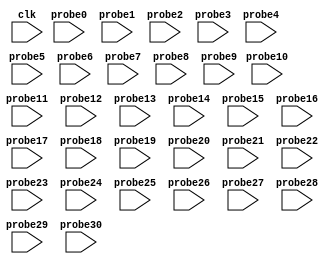
// (c) Copyright 1995-2012 Xilinx, Inc. All rights reserved.
//
// This file contains confidential and proprietary information
// of Xilinx, Inc. and is protected under U.S. and
// international copyright and other intellectual property
// laws.
//
// DISCLAIMER
// This disclaimer is not a license and does not grant any
// rights to the materials distributed herewith. Except as
// otherwise provided in a valid license issued to you by
// Xilinx, and to the maximum extent permitted by applicable
// law: (1) THESE MATERIALS ARE MADE AVAILABLE "AS IS" AND
// WITH ALL FAULTS, AND XILINX HEREBY DISCLAIMS ALL WARRANTIES
// AND CONDITIONS, EXPRESS, IMPLIED, OR STATUTORY, INCLUDING
// BUT NOT LIMITED TO WARRANTIES OF MERCHANTABILITY, NON-
// INFRINGEMENT, OR FITNESS FOR ANY PARTICULAR PURPOSE; and
// (2) Xilinx shall not be liable (whether in contract or tort,
// including negligence, or under any other theory of
// liability) for any loss or damage of any kind or nature
// related to, arising under or in connection with these
// materials, including for any direct, or any indirect,
// special, incidental, or consequential loss or damage
// (including loss of data, profits, goodwill, or any type of
// loss or damage suffered as a result of any action brought
// by a third party) even if such damage or loss was
// reasonably foreseeable or Xilinx had been advised of the
// possibility of the same.
//
// CRITICAL APPLICATIONS
// Xilinx products are not designed or intended to be fail-
// safe, or for use in any application requiring fail-safe
// performance, such as life-support or safety devices or
// systems, Class III medical devices, nuclear facilities,
// applications related to the deployment of airbags, or any
// other applications that could lead to death, personal
// injury, or severe property or environmental damage
// (individually and collectively, "Critical
// Applications"). Customer assumes the sole risk and
// liability of any use of Xilinx products in Critical
// Applications, subject only to applicable laws and
// regulations governing limitations on product liability.
//
// THIS COPYRIGHT NOTICE AND DISCLAIMER MUST BE RETAINED AS
// PART OF THIS FILE AT ALL TIMES.
//
// DO NOT MODIFY THIS FILE.
`timescale 1ns / 1ps
module bd_0696_ila_lib_0 (
clk,


probe0,
probe1,
probe2,
probe3,
probe4,
probe5,
probe6,
probe7,
probe8,
probe9,
probe10,
probe11,
probe12,
probe13,
probe14,
probe15,
probe16,
probe17,
probe18,
probe19,
probe20,
probe21,
probe22,
probe23,
probe24,
probe25,
probe26,
probe27,
probe28,
probe29,
probe30
);

input clk;


input [0 : 0] probe0;
input [1 : 0] probe1;
input [11 : 0] probe2;
input [11 : 0] probe3;
input [11 : 0] probe4;
input [11 : 0] probe5;
input [15 : 0] probe6;
input [15 : 0] probe7;
input [11 : 0] probe8;
input [1 : 0] probe9;
input [15 : 0] probe10;
input [15 : 0] probe11;
input [1 : 0] probe12;
input [0 : 0] probe13;
input [0 : 0] probe14;
input [7 : 0] probe15;
input [0 : 0] probe16;
input [0 : 0] probe17;
input [0 : 0] probe18;
input [7 : 0] probe19;
input [0 : 0] probe20;
input [0 : 0] probe21;
input [0 : 0] probe22;
input [15 : 0] probe23;
input [15 : 0] probe24;
input [0 : 0] probe25;
input [0 : 0] probe26;
input [0 : 0] probe27;
input [0 : 0] probe28;
input [15 : 0] probe29;
input [15 : 0] probe30;


endmodule